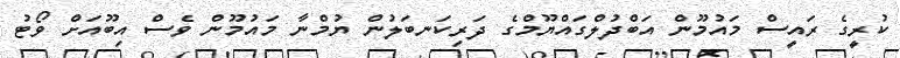
ކުރީގެ ރައީސް މައުމޫން އަބްދުލްގައްޔޫމްގެ ދަރިކަނބަލުން ޔުމްނާ މައުމޫން ވެސް އިބޫއަށް ވޯޓު